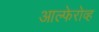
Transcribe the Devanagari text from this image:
आल्फेरोव्ह